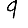
Digit: 9